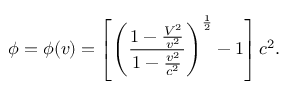
\phi = \phi ( v ) = \left[ \left( \frac { { 1 - \frac { V ^ { 2 } } { v ^ { 2 } } } } { { 1 - \frac { v ^ { 2 } } { c ^ { 2 } } } } \right) ^ { \frac { 1 } { 2 } } - 1 \right] c ^ { 2 } .